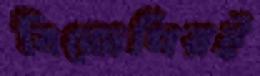
বিজেপিরই